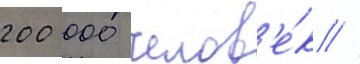
200 000 челов'е́к //